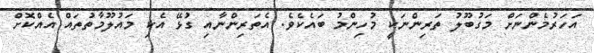
އަހަރުމެންނަށް މަގުބޫލު ތަރިންނަކީ މުހިންމު ބައެކެވެ. އެތަރިންނާއި ގުޅޭ އެކި މައުލޫމާތުތައް އެއްކޮށް